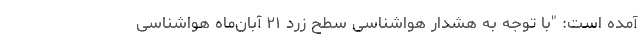
آمده است: "با توجه به هشدار هواشناسی سطح زرد ۲۱ آبان‌ماه هواشناسی